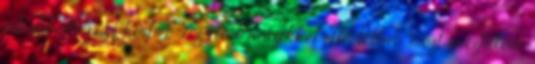
inkább olvasás közben. Az előző részekkel ellentétben, most érezhetően